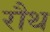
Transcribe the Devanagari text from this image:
रौथ